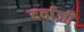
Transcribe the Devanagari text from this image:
दर्वाज़ी